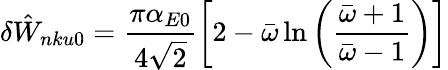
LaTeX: \delta{\hat{W}}_{nku0}=\frac{\pi\alpha_{E0}}{4\sqrt{2}}\left[2-{\bar{\omega}}\ln\left(\frac{{\bar{\omega}}+1}{{\bar{\omega}}-1}\right)\right]